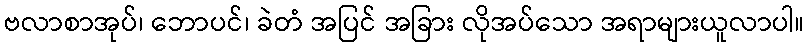
ဗလာစာအုပ်၊ ဘောပင်၊ ခဲတံ အပြင် အခြား လိုအပ်သော အရာများယူလာပါ။